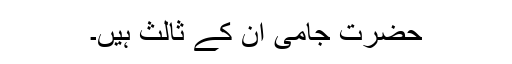
حضرتِ جامی اُن کے ثالِث ہیں۔